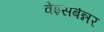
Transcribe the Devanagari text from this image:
वेइसबेन्नर